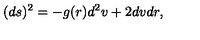
( d s ) ^ { 2 } = - g ( r ) d ^ { 2 } v + 2 d v d r ,